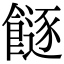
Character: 𩞈